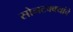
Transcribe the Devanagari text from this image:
सोनटक्क्यांचे